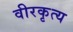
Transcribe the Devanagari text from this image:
वीरकृत्य